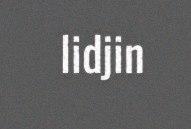
lidjin